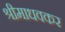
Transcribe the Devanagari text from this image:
श्रीमाधवकर